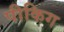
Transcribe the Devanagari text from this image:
पीकिग